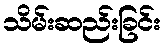
သိမ်းဆည်းခြင်း